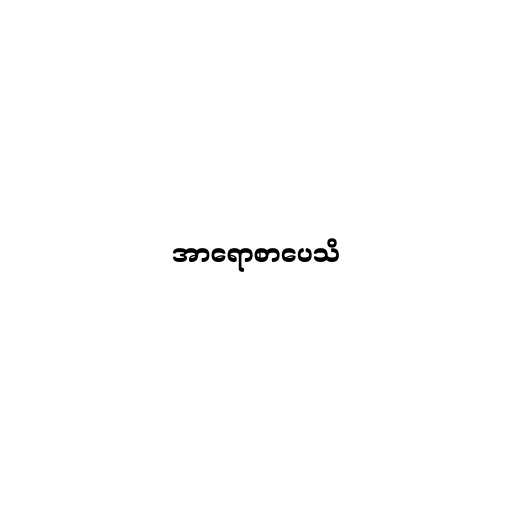
အာရောစာပေသိ